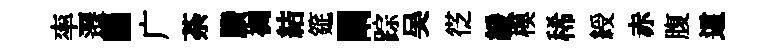
率遷·广荼賸裯結筵闡踪吴徔緩模稀綬赤腹這